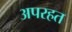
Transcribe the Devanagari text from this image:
अपरहत